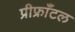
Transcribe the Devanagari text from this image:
प्रीफ्राँटल